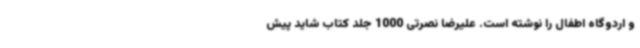
و اردوگاه اطفال را نوشته است. علیرضا نصرتی 1000 جلد کتاب شاید پیش